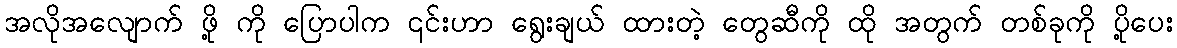
အလိုအလျောက် ဖို့ ကို ပြောပါက ၎င်းဟာ ရွေးချယ် ထားတဲ့ တွေဆီကို ထို အတွက် တစ်ခုကို ပို့ပေး